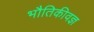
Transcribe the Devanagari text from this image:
भौतिकीवज्ञ